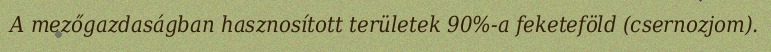
A mezőgazdaságban hasznosított területek 90%-a feketeföld (csernozjom).